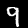
Label: 9